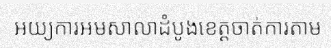
អយ្យការអមសាលាដំបូងខេត្តចាត់ការតាម